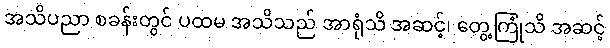
အသိပညာ စခန်းတွင် ပထမ အသိသည် အာရုံသိ အဆင့်၊ တွေ့ကြုံသိ အဆင့်